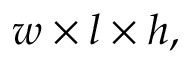
w \times l \times h ,